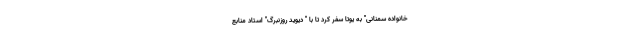
خانواده سمنانی" به یوتا سفر کرد تا با " دیوید روزنبرگ" استاد منابع